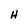
Character: H